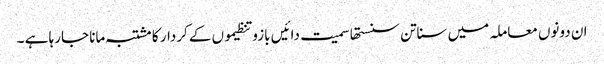
ان دونوں معاملہ میں سناتن سنستھا سمیت دائیں بازو تنظیموں کے کردار کا مشتبہ مانا جارہا ہے ۔